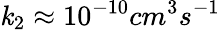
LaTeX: \mathit{k}_{2}\approx10^{-10}cm^{3}s^{-1}